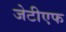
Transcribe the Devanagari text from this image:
जेटीएफ